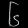
Digit: ၆